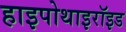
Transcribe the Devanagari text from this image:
हाइपोथाइरॉइड